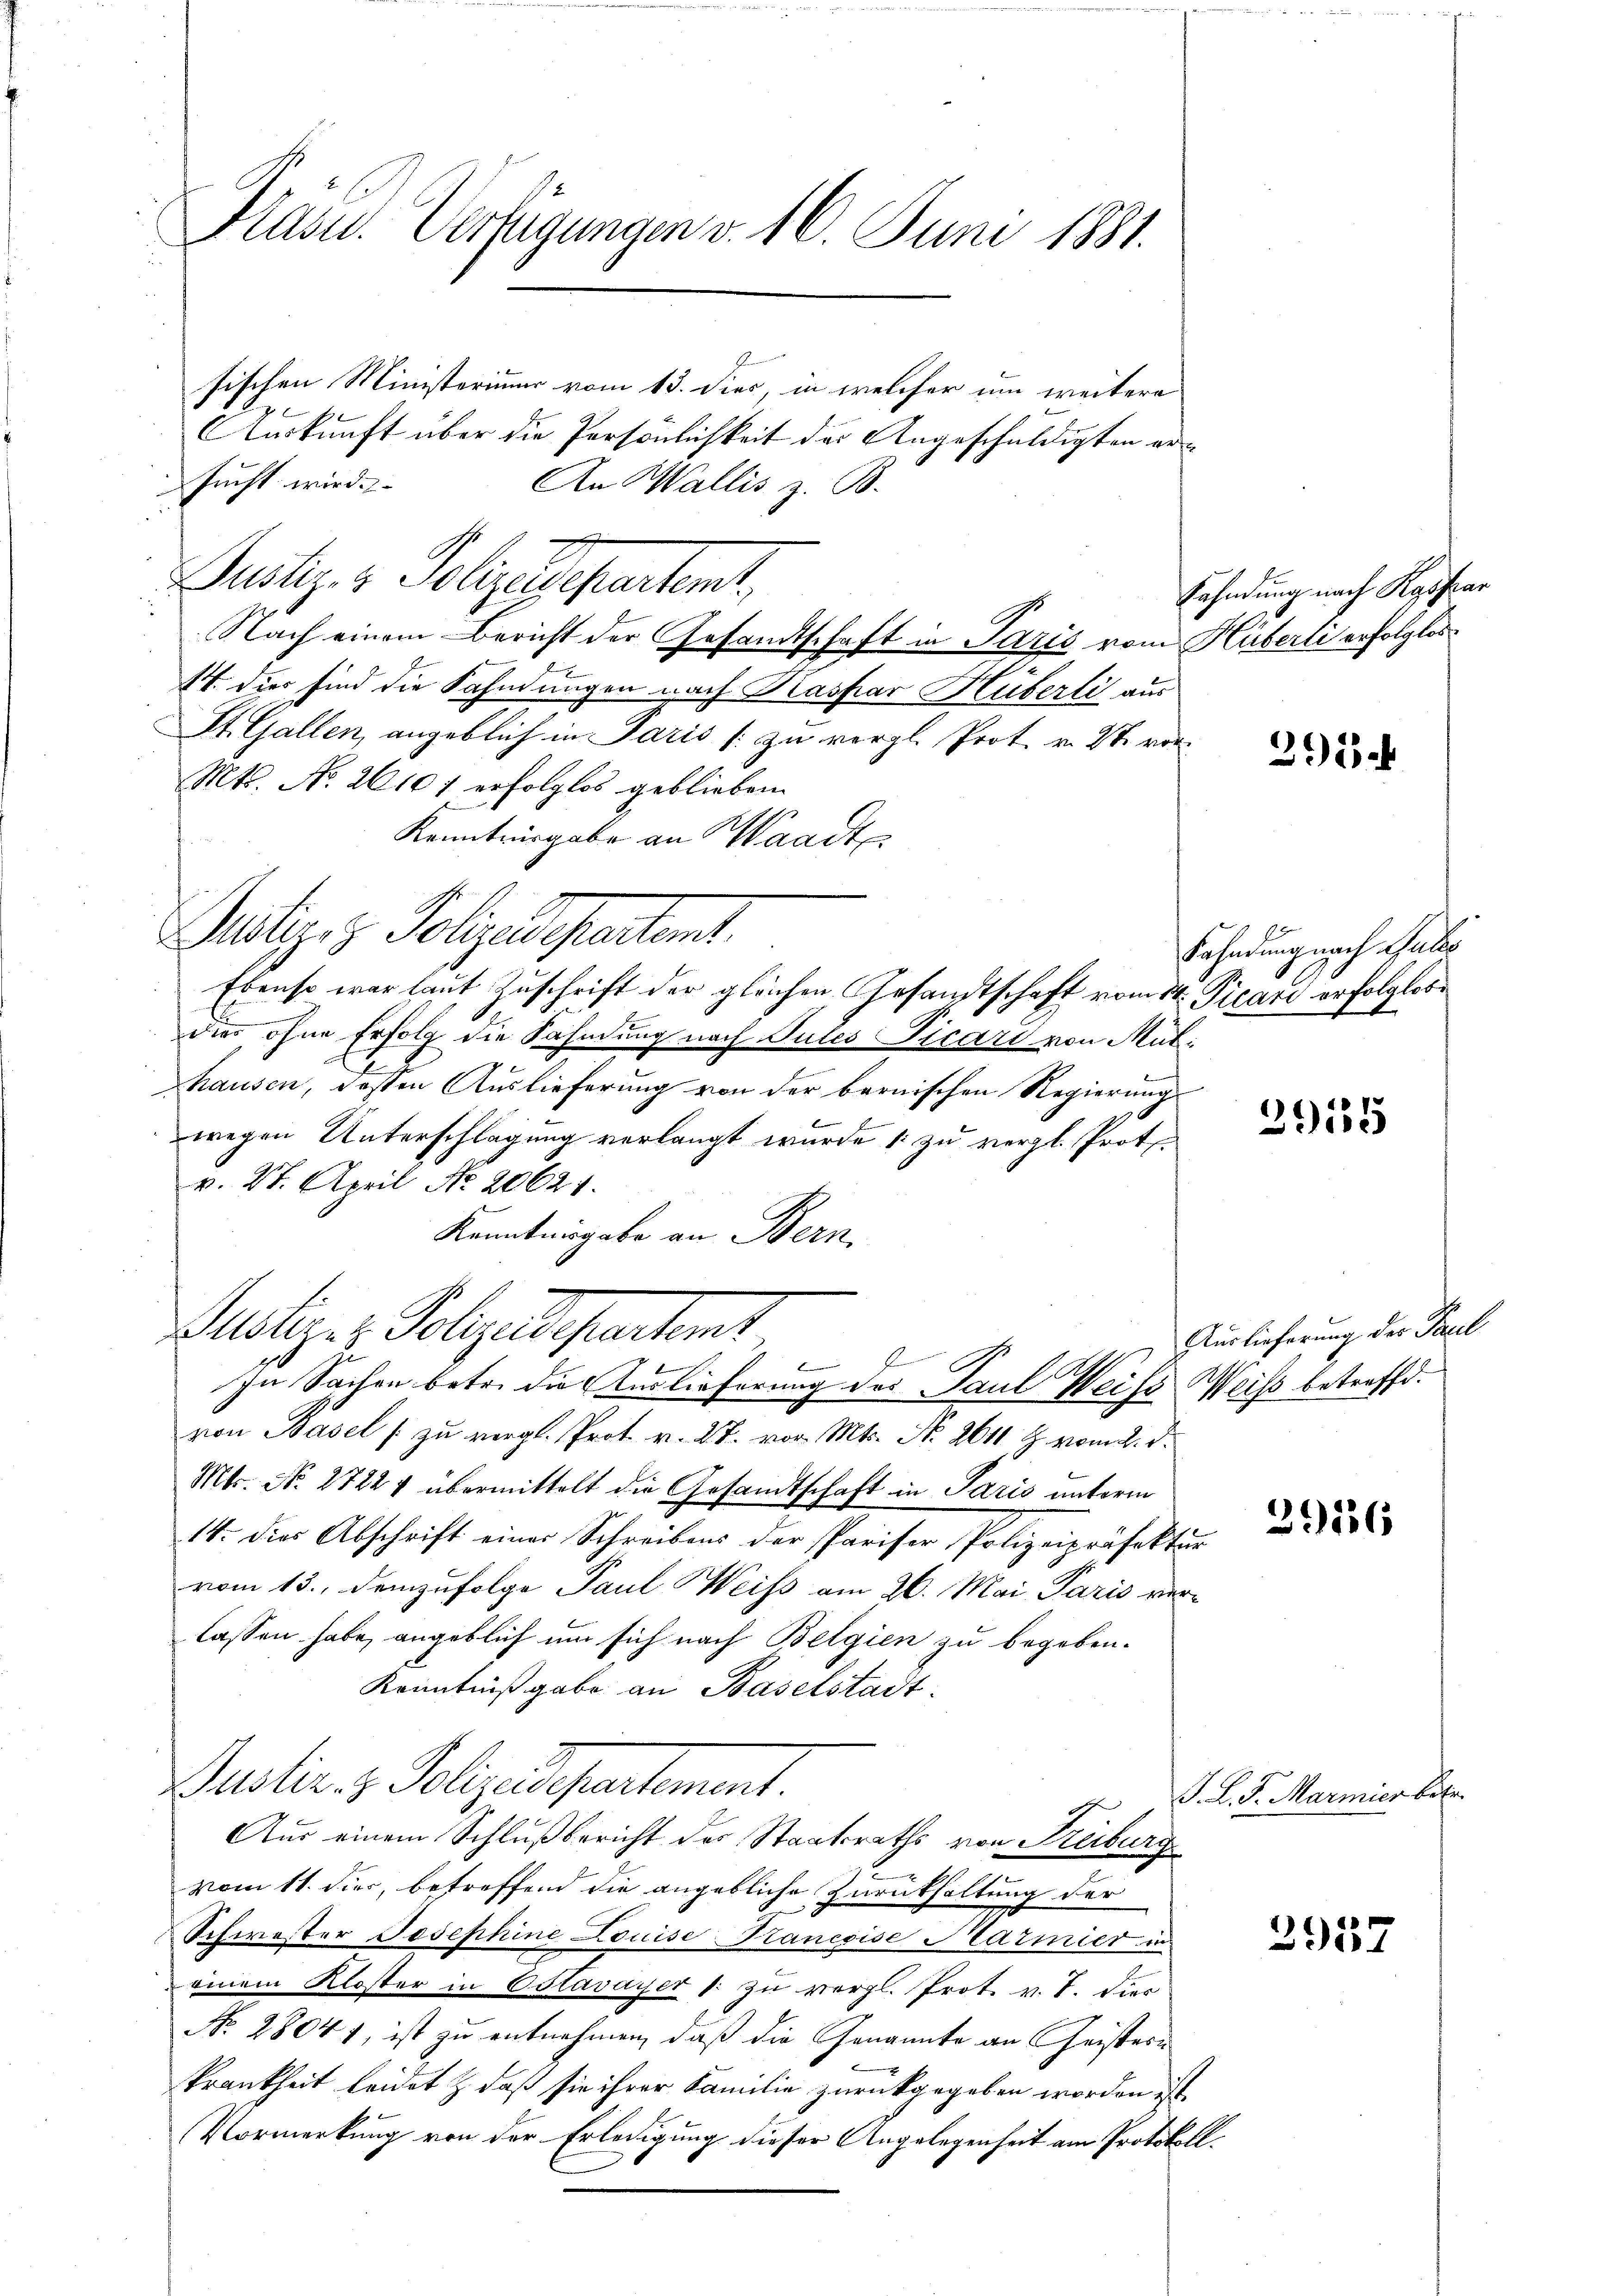
Pasu. Verfügungen v. 16. Juni 1881.

sischen Ministeriums vom 13. dies in welcher um weitere
 x
Auskunft über die Persönlichkeit der Angeschuldigten ersucht wird.
An Wallis z. B.
Justiz & Polizedepartent
Nach einem Bericht der Gesandtschaft in Paris vom Hüberli erfolgtes
e
e
4. dies sind die Fahndungen nach Kaspar Huberli aus
St. Gallen, angeblich in Paris [zu vergl. Prot. v. St. vor
Mts. No. 26107 erfolglos geblieben.
Kanntwergabe an Waadt
Potiz z. Polizeichertent.
Ebenso war laut Zuschrift der gleichen Gesandtschaft vom 14. Picari erfolglos
dies ohne Erfolg die Sahndung nach Jules Vicari von Mulhausen, dessen Auslieferung von der bernischen Regierung
wegen Unterschlagung verlangt wurde 1 zu vergl. Protev. 27. April No 20621.
Kanntnisgabe an Bern,
.
Mstiger Polyedepartent
In Sachen betr. die Auslieferung des Paul Weiss Weiss betreffe.
von Basel zu vergl. Prot. v. 27. vor. Mts. N. 2611 f. vom 2. d.
Mts. No. 2722 übermittelt die Gesandtschaft in Paris unterm
14. Dies Abschrift einer Schreibens der Pariser Polizeipräfektur
vom 13. Demzufolge Paul Weiss am 26. Mai Paris verlassen habe, angeblich um sich nach Belgien zu begeben.
Kenntniß gabe an Baselstadt.
Puster. v. Polizeidepartement.
Aus einem Schlußbericht des Staatsraths von Freiburg
vom 11. dies, betreffend die angebliche Zurückhaltung der
Schwester Josephine Louise Hancoise Marmier in
einem Kloster in Ostavayer 1. zu vergl. Prot. v. 7. Dies
No. 2804 f, ist zu entnehmen, daß die Genannte an Geisterkrankheit leidet & daß sie ihrer Familie zurückgegeben worden ist.
Vormerkung von der Erledigung dieser Angelegenheit am Protokoll¬

Fahndung nach Kaspar

295.

Fahndung nach Gutes

3915

Auslieferung der Paul

396

J. L. S. Marmier betr.

2957